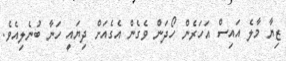
ޒިޔާ މާލެ އައިސް އަހަރެން ހޯދަން ވެގެން އެގެއަށް ދިޔައީ ހަނާ ބުނެލިއެވެ.